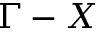
\Gamma - X